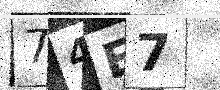
Text: 74E7